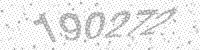
Solution: 190272